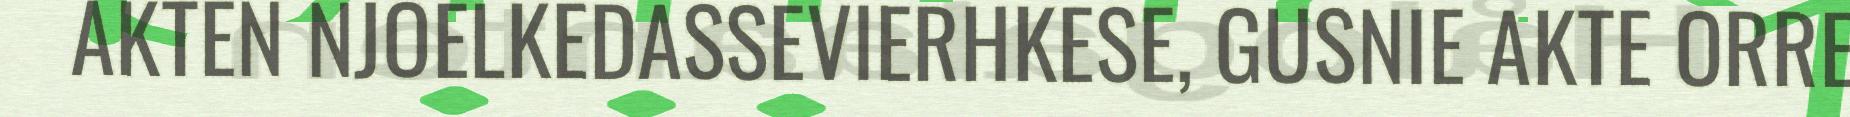
AKTEN NJOELKEDASSEVIERHKESE, GUSNIE AKTE ORRE